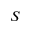
S